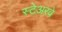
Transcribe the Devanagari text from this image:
स्टेअरवे